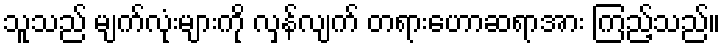
သူသည် မျက်လုံးများကို လှန်လျက် တရားဟောဆရာအား ကြည့်သည်။